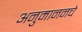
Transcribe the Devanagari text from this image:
अनुमाननचे